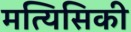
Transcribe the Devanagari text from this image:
मत्यिसिकी